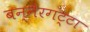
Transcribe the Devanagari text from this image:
बन्नेरगट्टा